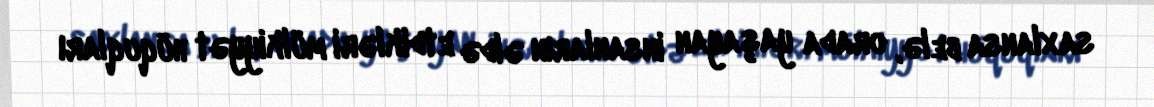
saxlansa belə, orada yaşayan insanların əldə etdikləri mülkiyyət hüquqları